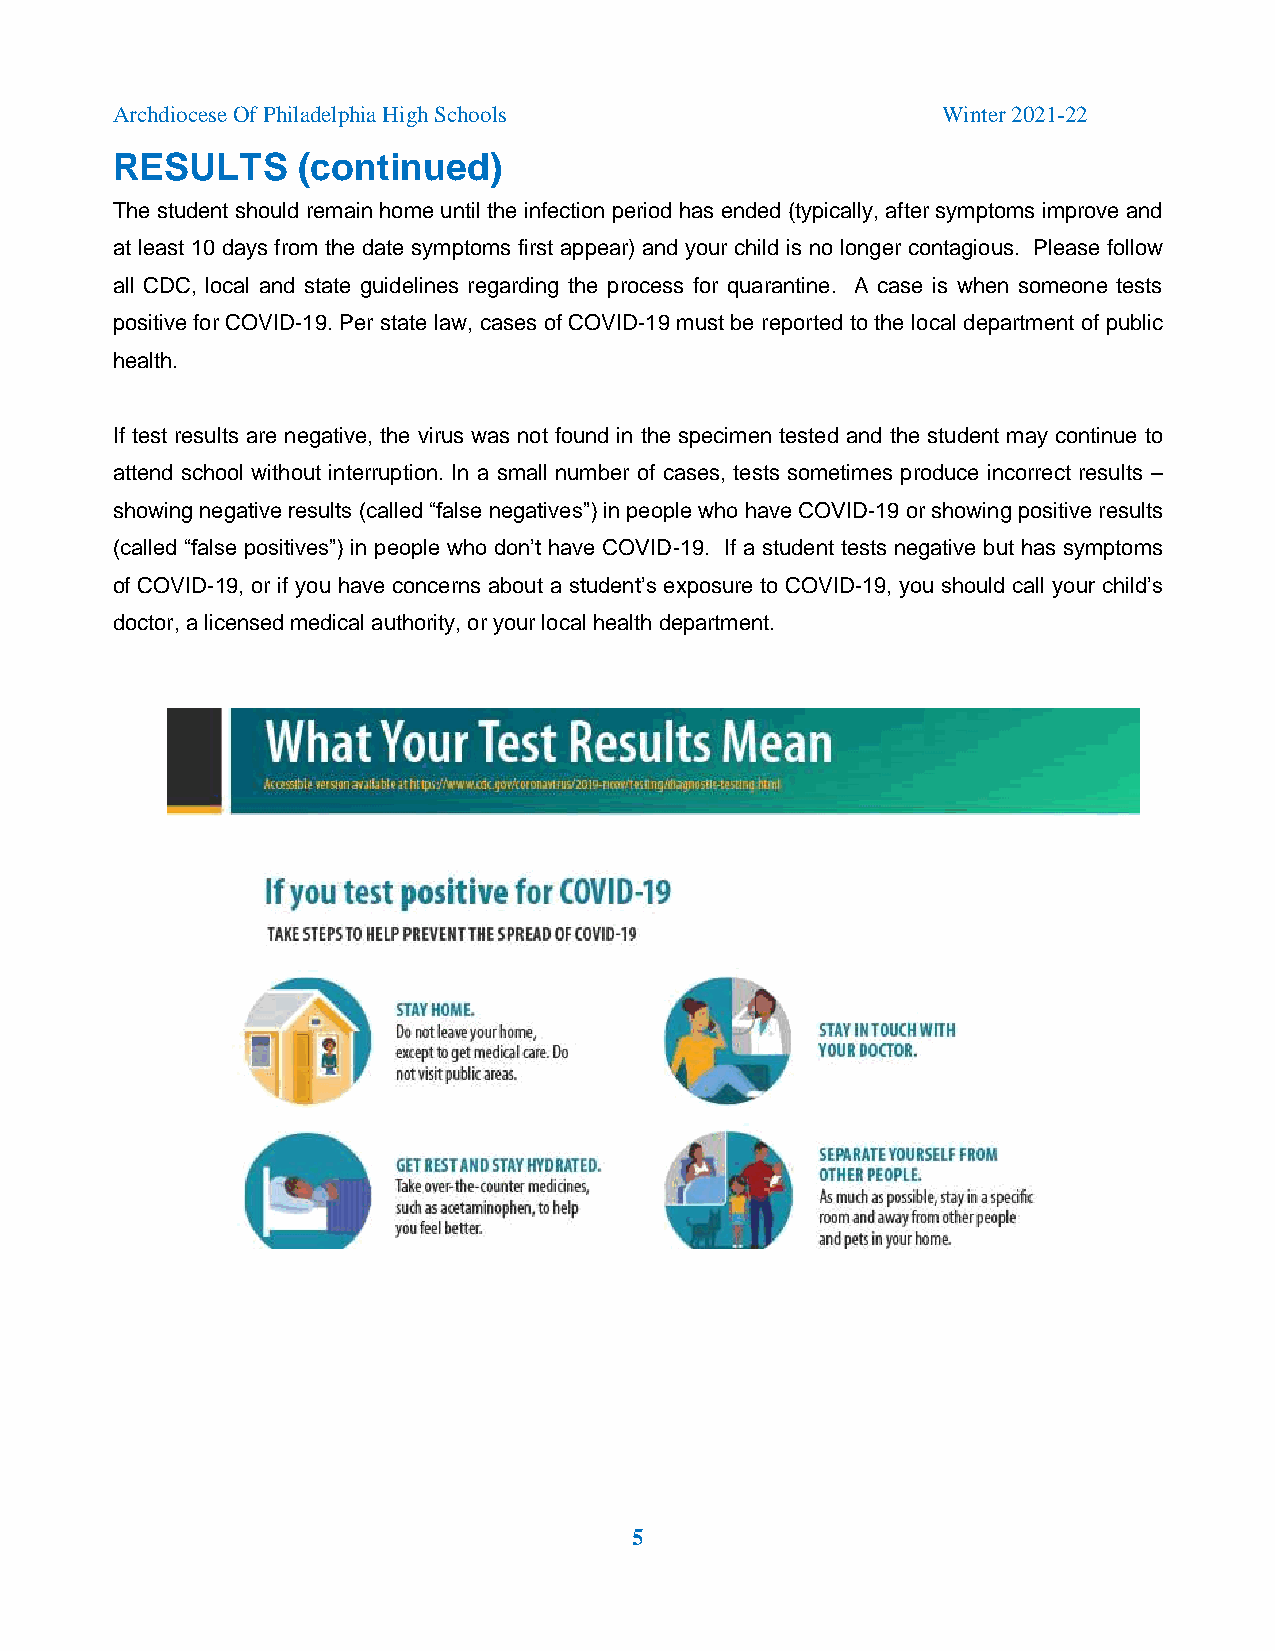
Archdiocese Of Philadelphia High Schools               Winter 2021-22
 RESULTS      (continued)
 The student should remain home until the infection period has ended (typically, after symptoms improve and
 at least 10 days from the date symptoms first appear) and your child is no longer contagious. Please follow
 all CDC, local and state guidelines regarding the process for quarantine. A case is when someone tests
 positive for COVID-19. Per state law, cases of COVID-19 must be reported to the local department of public
 health.
 If test results are negative, the virus was not found in the specimen tested and the student may continue to
 attend school without interruption. In a small number of cases, tests sometimes produce incorrect results –
 showing negative results (called “false negatives”) in people who have COVID-19 or showing positive results
 (called “false positives”) in people who don’t have COVID-19. If a student tests negative but has symptoms
 of COVID-19, or if you have concerns about a student’s exposure to COVID-19, you should call your child’s
 doctor, a licensed medical authority, or your local health department.
 5